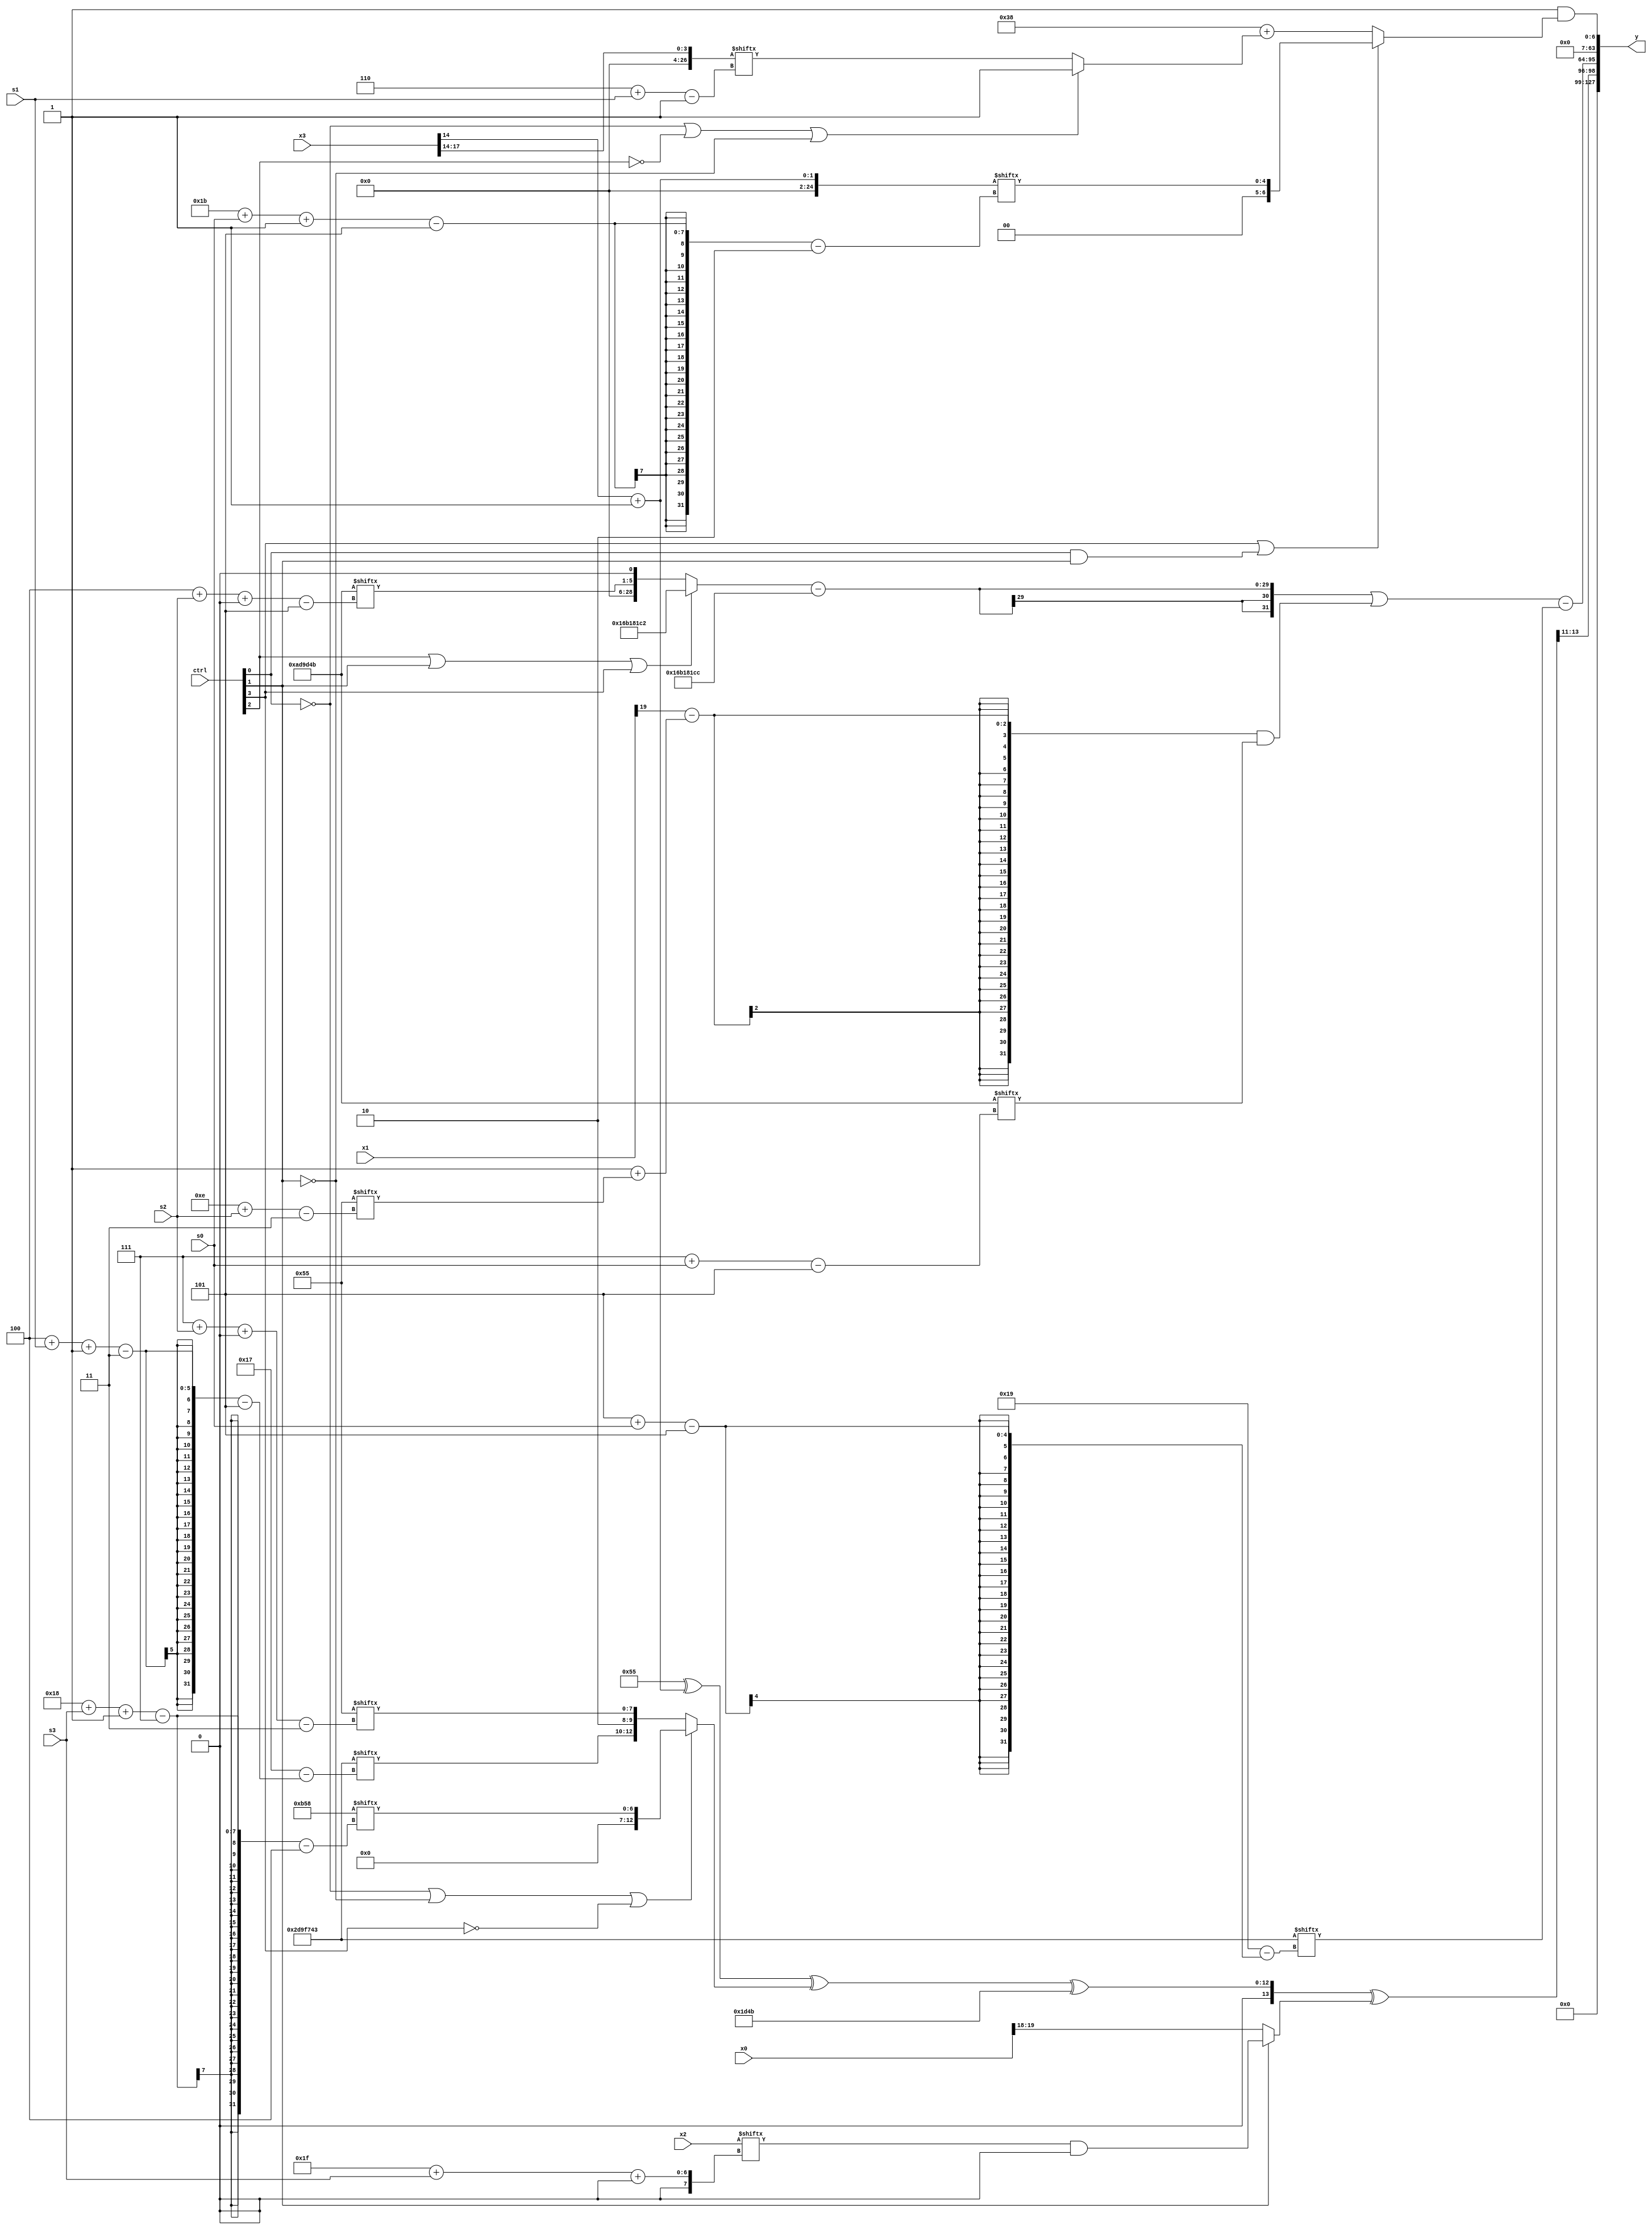
module partsel_00077(ctrl, s0, s1, s2, s3, x0, x1, x2, x3, y);
  input [3:0] ctrl;
  input [2:0] s0;
  input [2:0] s1;
  input [2:0] s2;
  input [2:0] s3;
  input [31:0] x0;
  input [31:0] x1;
  input [31:0] x2;
  input signed [31:0] x3;
  wire [0:27] x4;
  wire [3:30] x5;
  wire [30:4] x6;
  wire [6:24] x7;
  wire [30:3] x8;
  wire signed [26:2] x9;
  wire [28:3] x10;
  wire [29:5] x11;
  wire signed [30:4] x12;
  wire signed [27:1] x13;
  wire [0:29] x14;
  wire [3:25] x15;
  output [127:0] y;
  wire signed [31:0] y0;
  wire [31:0] y1;
  wire signed [31:0] y2;
  wire [31:0] y3;
  assign y = {y0,y1,y2,y3};
  localparam [5:30] p0 = 249165635;
  localparam [30:0] p1 = 380731842;
  localparam signed [24:4] p2 = 127929176;
  localparam [29:5] p3 = 414031179;
  assign x4 = x2[31 + s3 +: 2];
  assign x5 = p3;
  assign x6 = p1[8 + s1 +: 4];
  assign x7 = (x3 ^ (x2 & {2{(x4[7 + s1] + {p3[1 + s3 +: 3], (x1[19 + s0 +: 6] + (p0 + x5[9 +: 3]))})}}));
  assign x8 = {2{p2[16 -: 4]}};
  assign x9 = (x3[14 -: 1] + p0[16 +: 1]);
  assign x10 = x3[23 + s0 +: 4];
  assign x11 = {{p0[4 + s1 -: 3], p2[11 +: 2]}, x8[7 + s2 +: 8]};
  assign x12 = (({2{((x8 ^ x9) ^ (!ctrl[0] || !ctrl[1] || !ctrl[3] ? p2[24 + s3 -: 7] : x11))}} ^ (p2[12 +: 3] | p3)) ^ (!ctrl[2] && ctrl[2] || ctrl[1] ? (x4 & p1[11]) : x0[19 -: 2]));
  assign x13 = x3[14 +: 4];
  assign x14 = p0[23];
  assign x15 = (ctrl[1] || ctrl[2] || !ctrl[1] ? ((p2[8 +: 3] ^ {2{p1}}) & (x1 + x10[21 -: 4])) : {2{(!ctrl[3] && !ctrl[3] && ctrl[0] ? x0[14 +: 4] : ((x13 & (x7[14 -: 4] ^ p1)) ^ (x8 - p1[1 + s3 -: 5])))}});
  assign y0 = x12[15 +: 3];
  assign y1 = ((((ctrl[2] || ctrl[1] || ctrl[3] ? p1 : {p3[4 + s2 +: 5], x6[14 -: 1]}) - (p1 + p2[9 +: 4])) | ((x1[19] - (p2[8 +: 2] + x8[14 + s2])) & p3[7 + s0])) - p0[5 + s0]);
  assign y2 = p3[9 +: 1];
  assign y3 = (p0[20] & (ctrl[3] || ctrl[0] && ctrl[1] ? x9[27 + s0 -: 5] : ((p1[13 +: 2] + {p3[15 +: 4], x4[15 -: 3]}) + (!ctrl[0] || !ctrl[2] || !ctrl[1] ? p3[17 +: 2] : x13[6 + s1]))));
endmodule